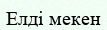
Елді мекен